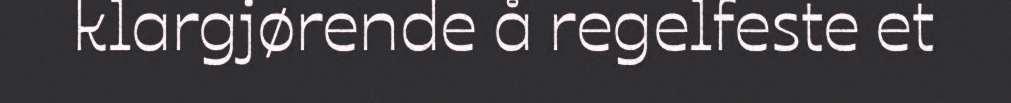
klargjørende å regelfeste et